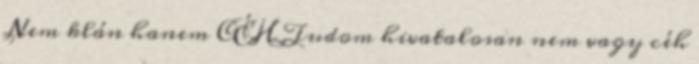
Nem klán hanem CÉH Tudom hivatalosan nem vagy céh